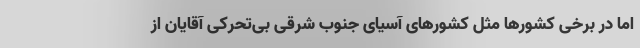
اما در برخی کشورها مثل کشورهای آسیای جنوب شرقی بی‌تحرکی آقایان از